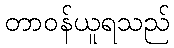
တာဝန်ယူရသည်